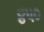
૪પ૦